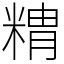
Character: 䊘